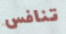
تنافس